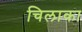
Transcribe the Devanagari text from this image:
चिलाका